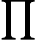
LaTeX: \prod